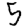
Digit: 5